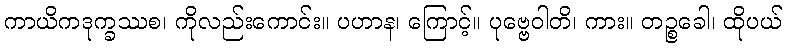
ကာယိကဒုက္ခဿစ၊ ကိုလည်းကောင်း။ ပဟာန၊ ကြောင့်။ ပုဗ္ဗေဝါတိ၊ ကား။ တဉ္စခေါ၊ ထိုပယ်